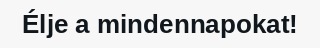
Élje a mindennapokat!